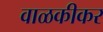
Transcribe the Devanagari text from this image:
वाळकीकर